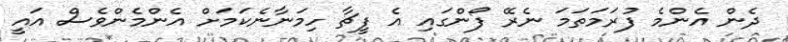
ދެން އެންމެ ފުރަމަތަމަ ނެރޭ ފޯންގައި އެ ފީޗާ ހިމަނާނެކަމަށް އެންމެންވެސް އައީ